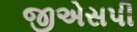
જીએસપી